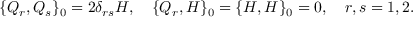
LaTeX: \{ Q _ { r } , Q _ { s } \} _ { 0 } = 2 \delta _ { r s } H , \quad \{ Q _ { r } , H \} _ { 0 } = \{ H , H \} _ { 0 } = 0 , \quad r , s = 1 , 2 .